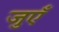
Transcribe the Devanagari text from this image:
जुएँ